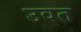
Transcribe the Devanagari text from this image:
उवत